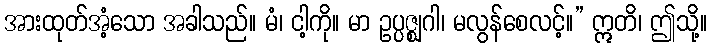
အားထုတ်အံ့သော အခါသည်။ မံ၊ ငါ့ကို။ မာ ဥပ္ပဇ္ဈဂါ၊ မလွန်စေလင့်။” ဣတိ၊ ဤသို့။